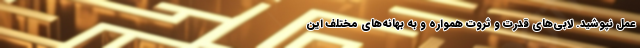
عمل نپوشید. لابی‌های قدرت و ثروت همواره و به بهانه‌های مختلف این